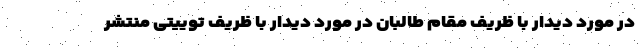
در مورد دیدار با ظریف مقام طالبان در مورد دیدار با ظریف توییتی منتشر